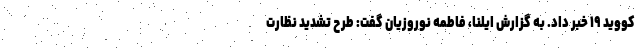
کووید ۱۹ خبر داد. به گزارش ایلنا، فاطمه نوروزیان گفت: طرح تشدید نظارت